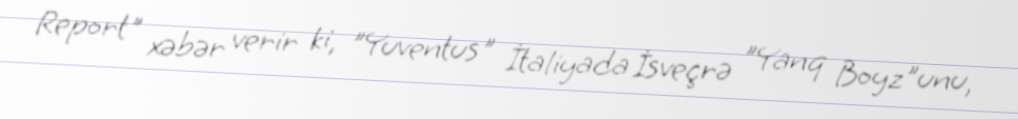
Report" xəbər verir ki, "Yuventus" İtaliyada İsveçrə "Yanq Boyz"unu,